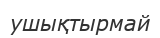
ушықтырмай